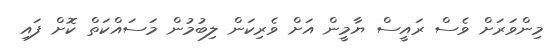
މިންވަރަށް ވެސް ރައީސް ޔާމީން އަށް ވެރިކަން ލިބުމުން މަސައްކަތް ކޮށް ފައި